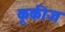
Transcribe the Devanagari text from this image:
कूकीज